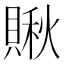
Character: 𧷂